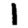
Digit: 1